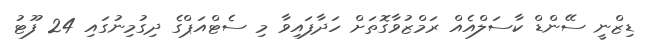
ޑިޒްނީ ސޭންޑް ކާސަލްއެއް ރަމްޒުވާގޮތަށް ހަދާފައިވާ މި ސެޓްއަޕްގެ ދިގުމިނުގައި 24 ފޫޓު